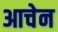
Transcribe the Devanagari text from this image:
आचेन